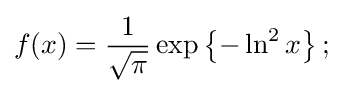
f(x)={\frac {1}{\sqrt {\pi }}}\exp \left\{-\ln ^{2}x\right\};